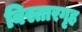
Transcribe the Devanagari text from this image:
विस्तारगृह